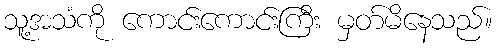
သူ့အသံကို ကောင်းကောင်းကြီး မှတ်မိနေသည်။